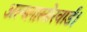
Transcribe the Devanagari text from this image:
अल्ब्लास्सेरवार्ड।